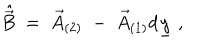
\hat { \vec { B } } \; = \; \vec { A } _ { ( 2 ) } \; - \; \vec { A } _ { ( 1 ) } d \underline { { { y } } } \; ,